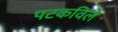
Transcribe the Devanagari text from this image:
पटकविले